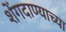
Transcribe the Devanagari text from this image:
शेंगदाण्याच्या